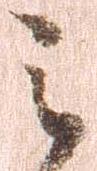
之